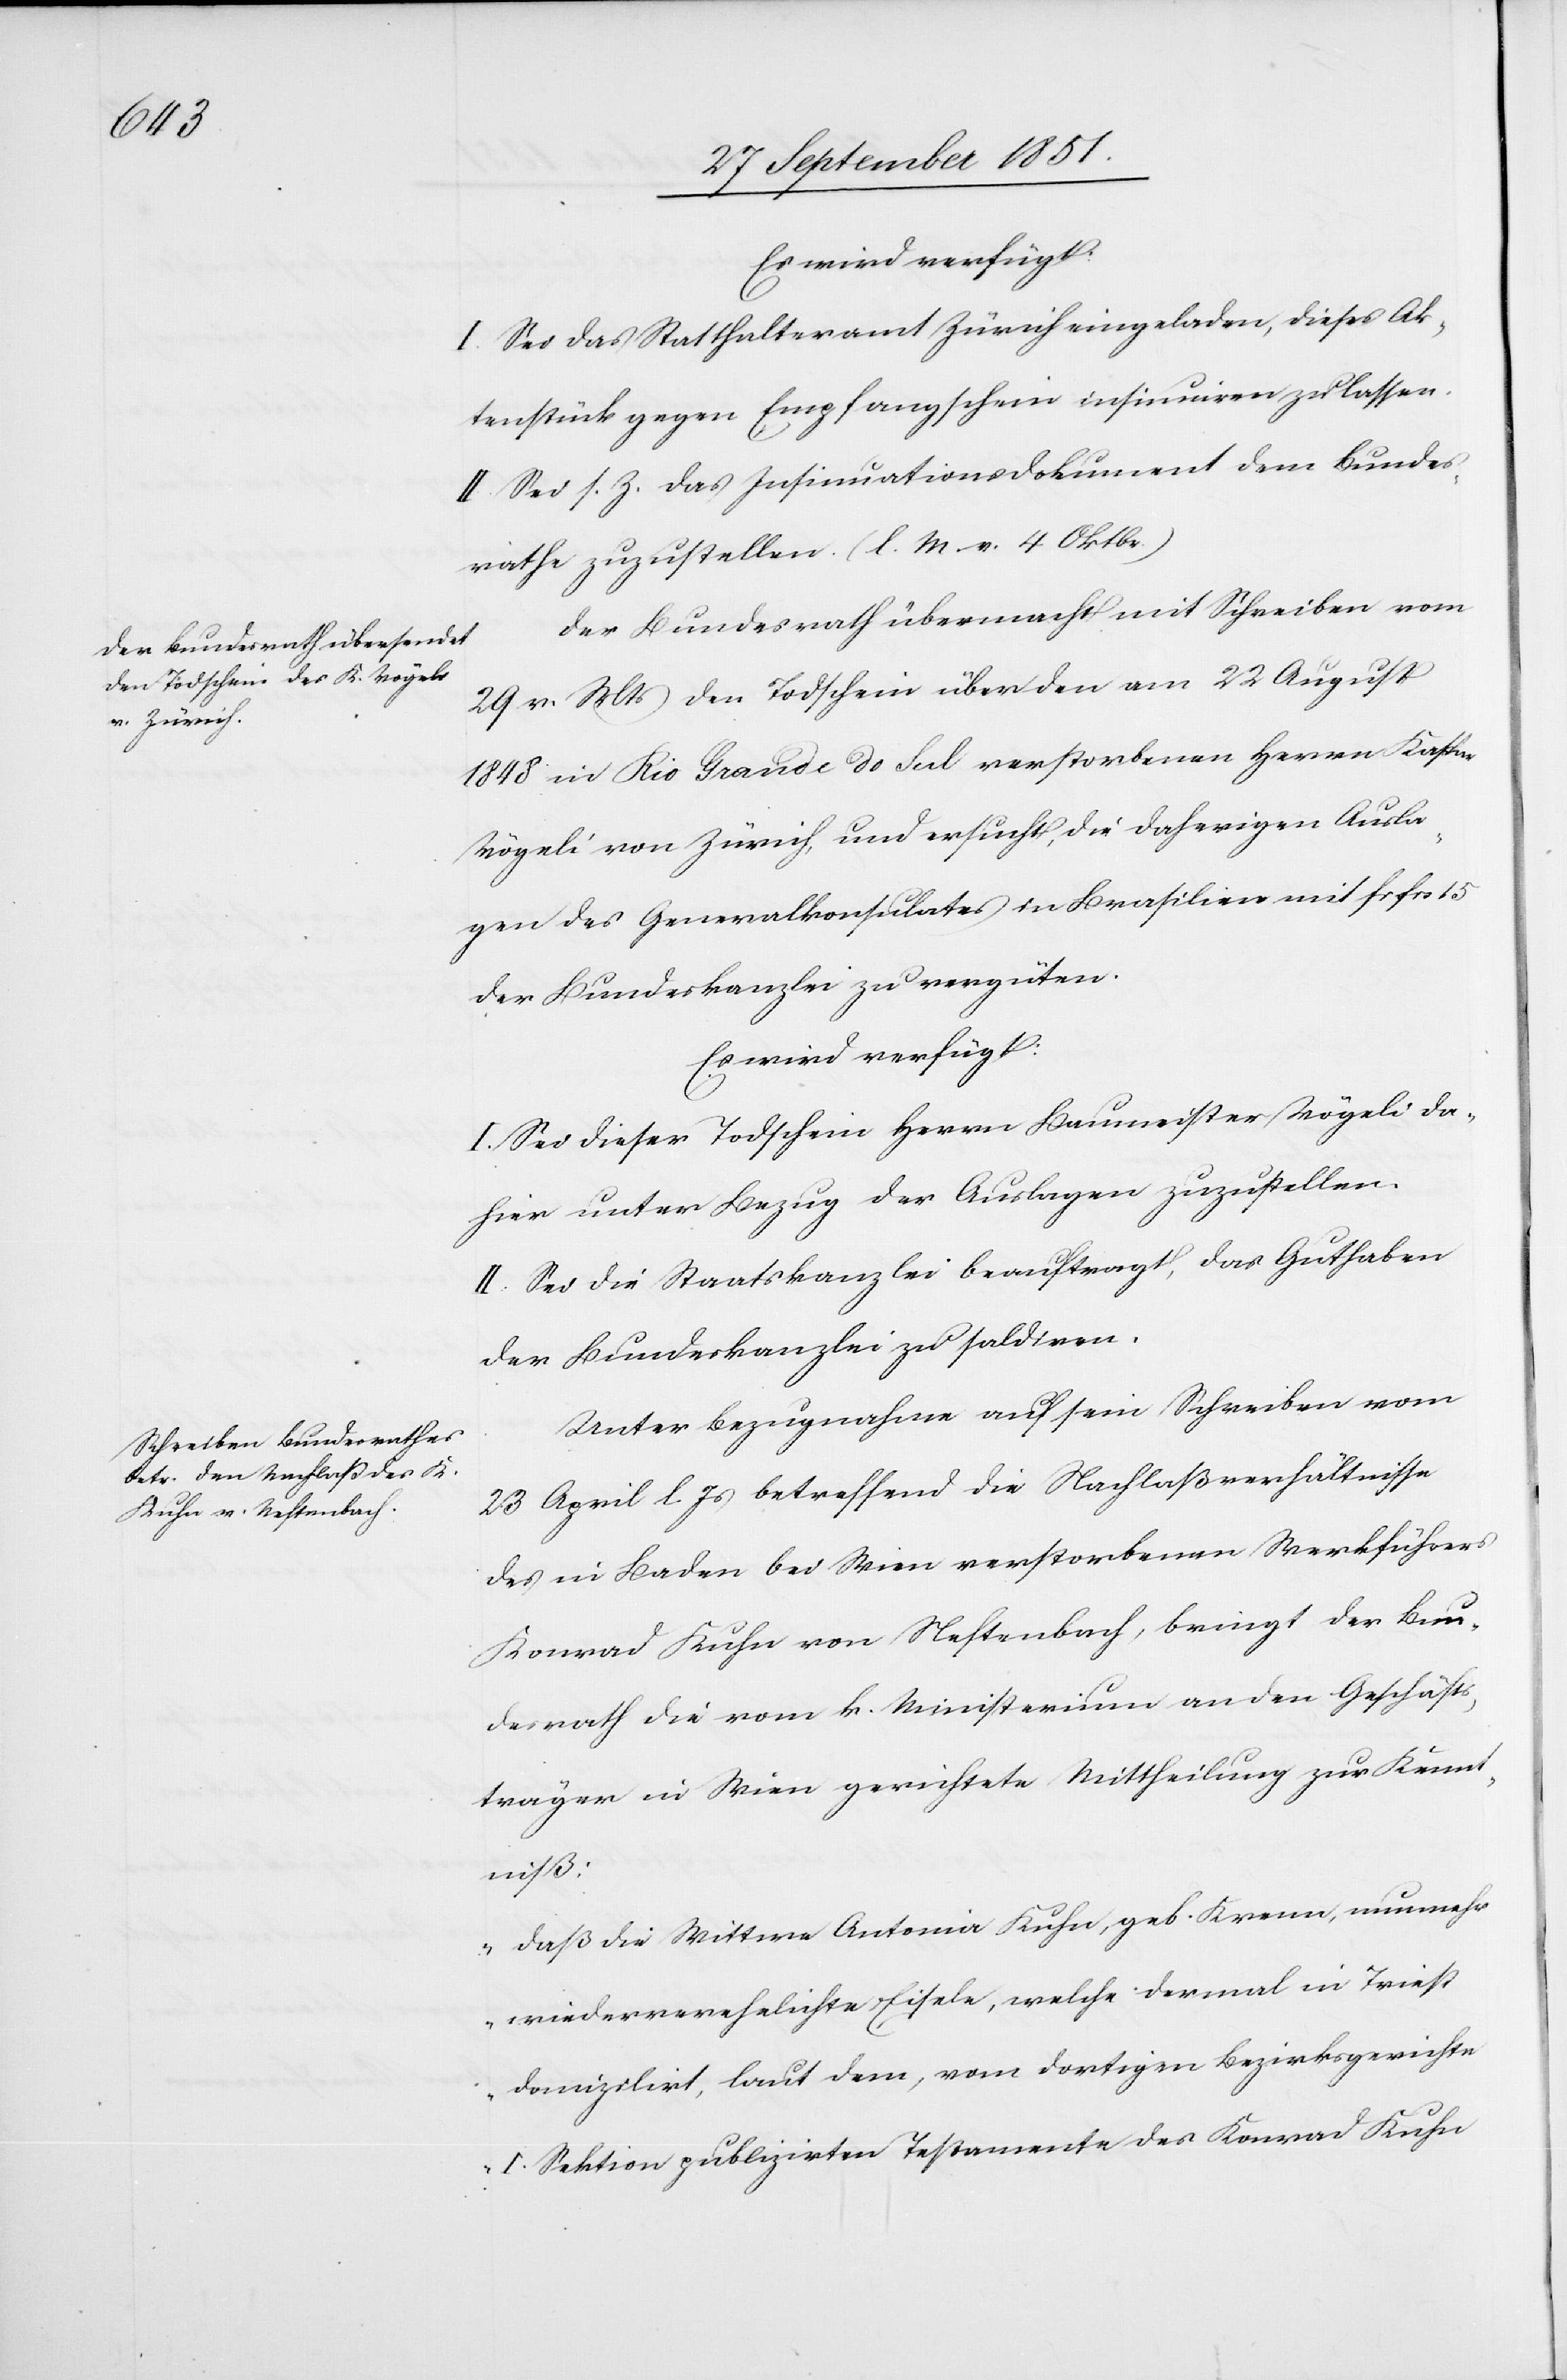
Es wird verfügt:
I. Sei das Statthalteramt Zürich eingeladen, dieses Ak¬
tenstück gegen Empfangschein insinuiren zu lassen.
II. Sei s. Z. das Insinuationsdokument dem Bundes¬
rathe zuzustellen. (l. M. v. 4 Oktbr.)
Der Bundesrath übermacht mit Schreiben vom
29 v. Mts den Todschein über den am 22 August
1848 in Rio Grande do Sul verstorbenen Herrn Kaspar
Vögeli von Zürich, und ersucht, die daherigen Ausla¬
gen des Generalkonsulates in Brasilien mit fr frs
der Bundeskanzlei zu vergüten.
Es wird verfügt:
I. Sei dieser Todschein Herrn Baumeister Vögeli da¬
hier unter Bezug der Auslagen zuzustellen.
II. Sei die Staatskanzlei beauftragt, das Guthaben
der Bundeskanzlei zu saldiren.
Unter Bezugnahme auf sein Schreiben vom
23 April l. Js betreffend die Nachlaßverhältnisse
des in Baden bei Wien verstorbenen Werkführers
Konrad Kuhn von Neftenbach, bringt der Bun¬
desrath die vom k. Ministerium an den Geschäfts¬
träger in Wien gerichtete Mittheilung zur Kennt¬
niß:
„daß die Wittwe Antonia Kuhn, geb. Krenn, nunmehr
wiederverehelichte Eisele, welche dermal in Triest
domizilirt, laut dem, vom dortigen Bezirksgerichte
I. Sektion publizirten Testamente des Konrad Kuhn